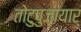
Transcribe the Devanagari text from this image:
तोटुपुज़ायार्